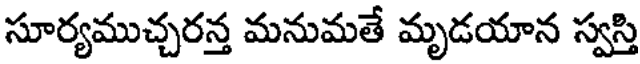
సూర్యముచ్చరన్త మనుమతే మృడయాన స్వస్తి